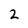
Character: 2